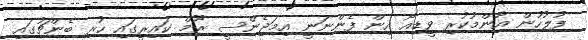
ފުލުހުން އާންމުކުރި ވީޑިއޯ އިން ފެންނަނީ އިމަޖެންސީ ރޫމް ކައިރީގައި ހުރި ބެންޗުގައި